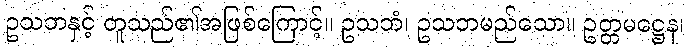
ဥသဘနှင့် တူသည်၏အဖြစ်ကြောင့်။ ဥသဘံ၊ ဥသဘမည်သော။ ဥတ္တမဋ္ဌေန၊